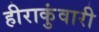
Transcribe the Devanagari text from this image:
हीराकुंवारी